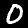
Digit: 0